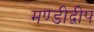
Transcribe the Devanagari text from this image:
मण्डीद्वीप